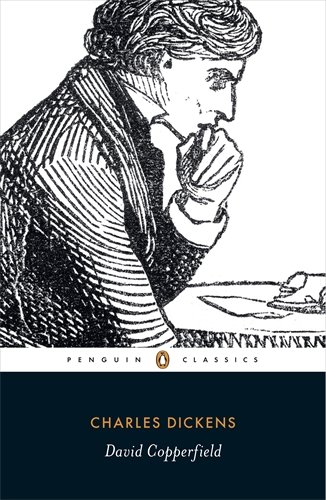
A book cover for David Copperfield (Penguin Classics); Charles Dickens; Literature & Fiction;